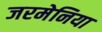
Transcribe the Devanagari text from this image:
जरमेनिया